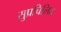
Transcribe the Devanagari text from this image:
सुप्रचिलित